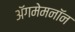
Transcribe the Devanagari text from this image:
अॅगमेमनॉन